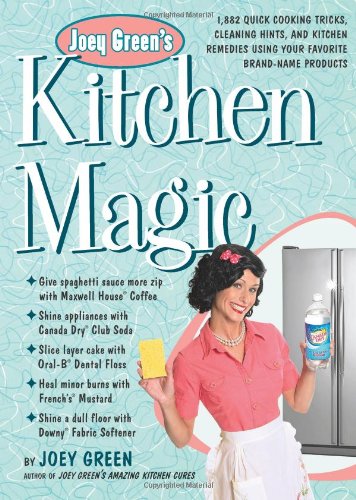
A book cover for Joey Green's Kitchen Magic: 1,882 Quick Cooking Tricks, Cleaning Hints, and Kitchen Remedies Using Your Favorite Brand-Name Products; Joey Green; Crafts, Hobbies & Home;